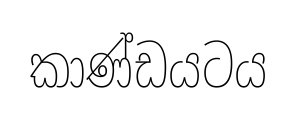
කාණ්ඩයටය